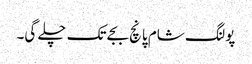
پولنگ شام پانچ بجے تک چلے گی۔